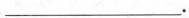
___.